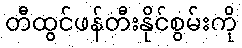
တီထွင်ဖန်တီးနိုင်စွမ်းကို